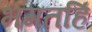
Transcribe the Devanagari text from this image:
भगतहिं